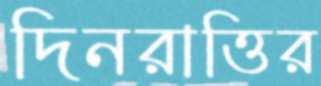
দিনরাত্তির